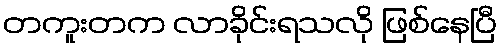
တကူးတက လာခိုင်းရသလို ဖြစ်နေပြီ